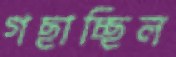
গছাচ্ছিল